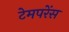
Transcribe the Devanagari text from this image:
टेमपरेंस